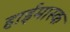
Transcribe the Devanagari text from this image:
हाईमास्क